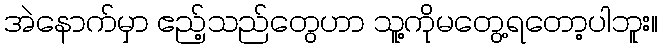
အဲနောက်မှာ ဧည့်သည်တွေဟာ သူ့ကိုမတွေ့ရတော့ပါဘူး။